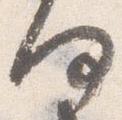
何